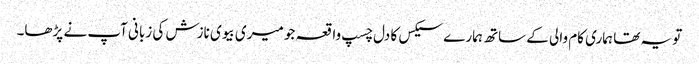
تو یہ تھا ہماری کام والی کے ساتھ ہمارے سیکس کا دل چسپ واقعہ جو میری بیوی نازش کی زبانی آپ نے پڑھا۔